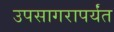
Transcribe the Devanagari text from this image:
उपसागरापर्यंत